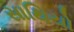
સાથિયો